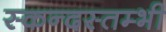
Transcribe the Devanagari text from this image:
स्कन्दस्तम्भी